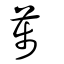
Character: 荹